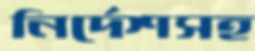
নির্দেশসহ